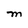
Character: M